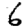
Digit: 6